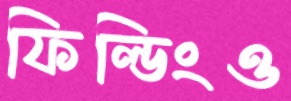
ফিল্ডিংও